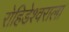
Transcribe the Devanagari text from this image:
रोहिडेश्वराला